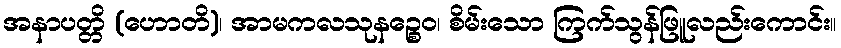
အနာပတ္တိ (ဟောတိ)၊ အာမကလသုနဉ္စေဝ၊ စိမ်းသော ကြက်သွန်ဖြူလည်းကောင်း။